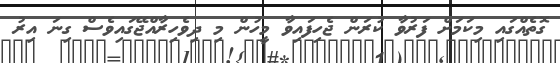
ގޮތެއްގައި މިކަމަށް ފަރުވާ ކުރަން ޖެހިފައިވާ މީހުން މި ދިވެހިރާއްޖޭގައިވެސް ގިނަ އިރު